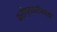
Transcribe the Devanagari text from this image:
क्रीग्समरीनच्या